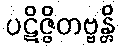
ပဋိဇ္ဇိတဗ္ဗန္တိ